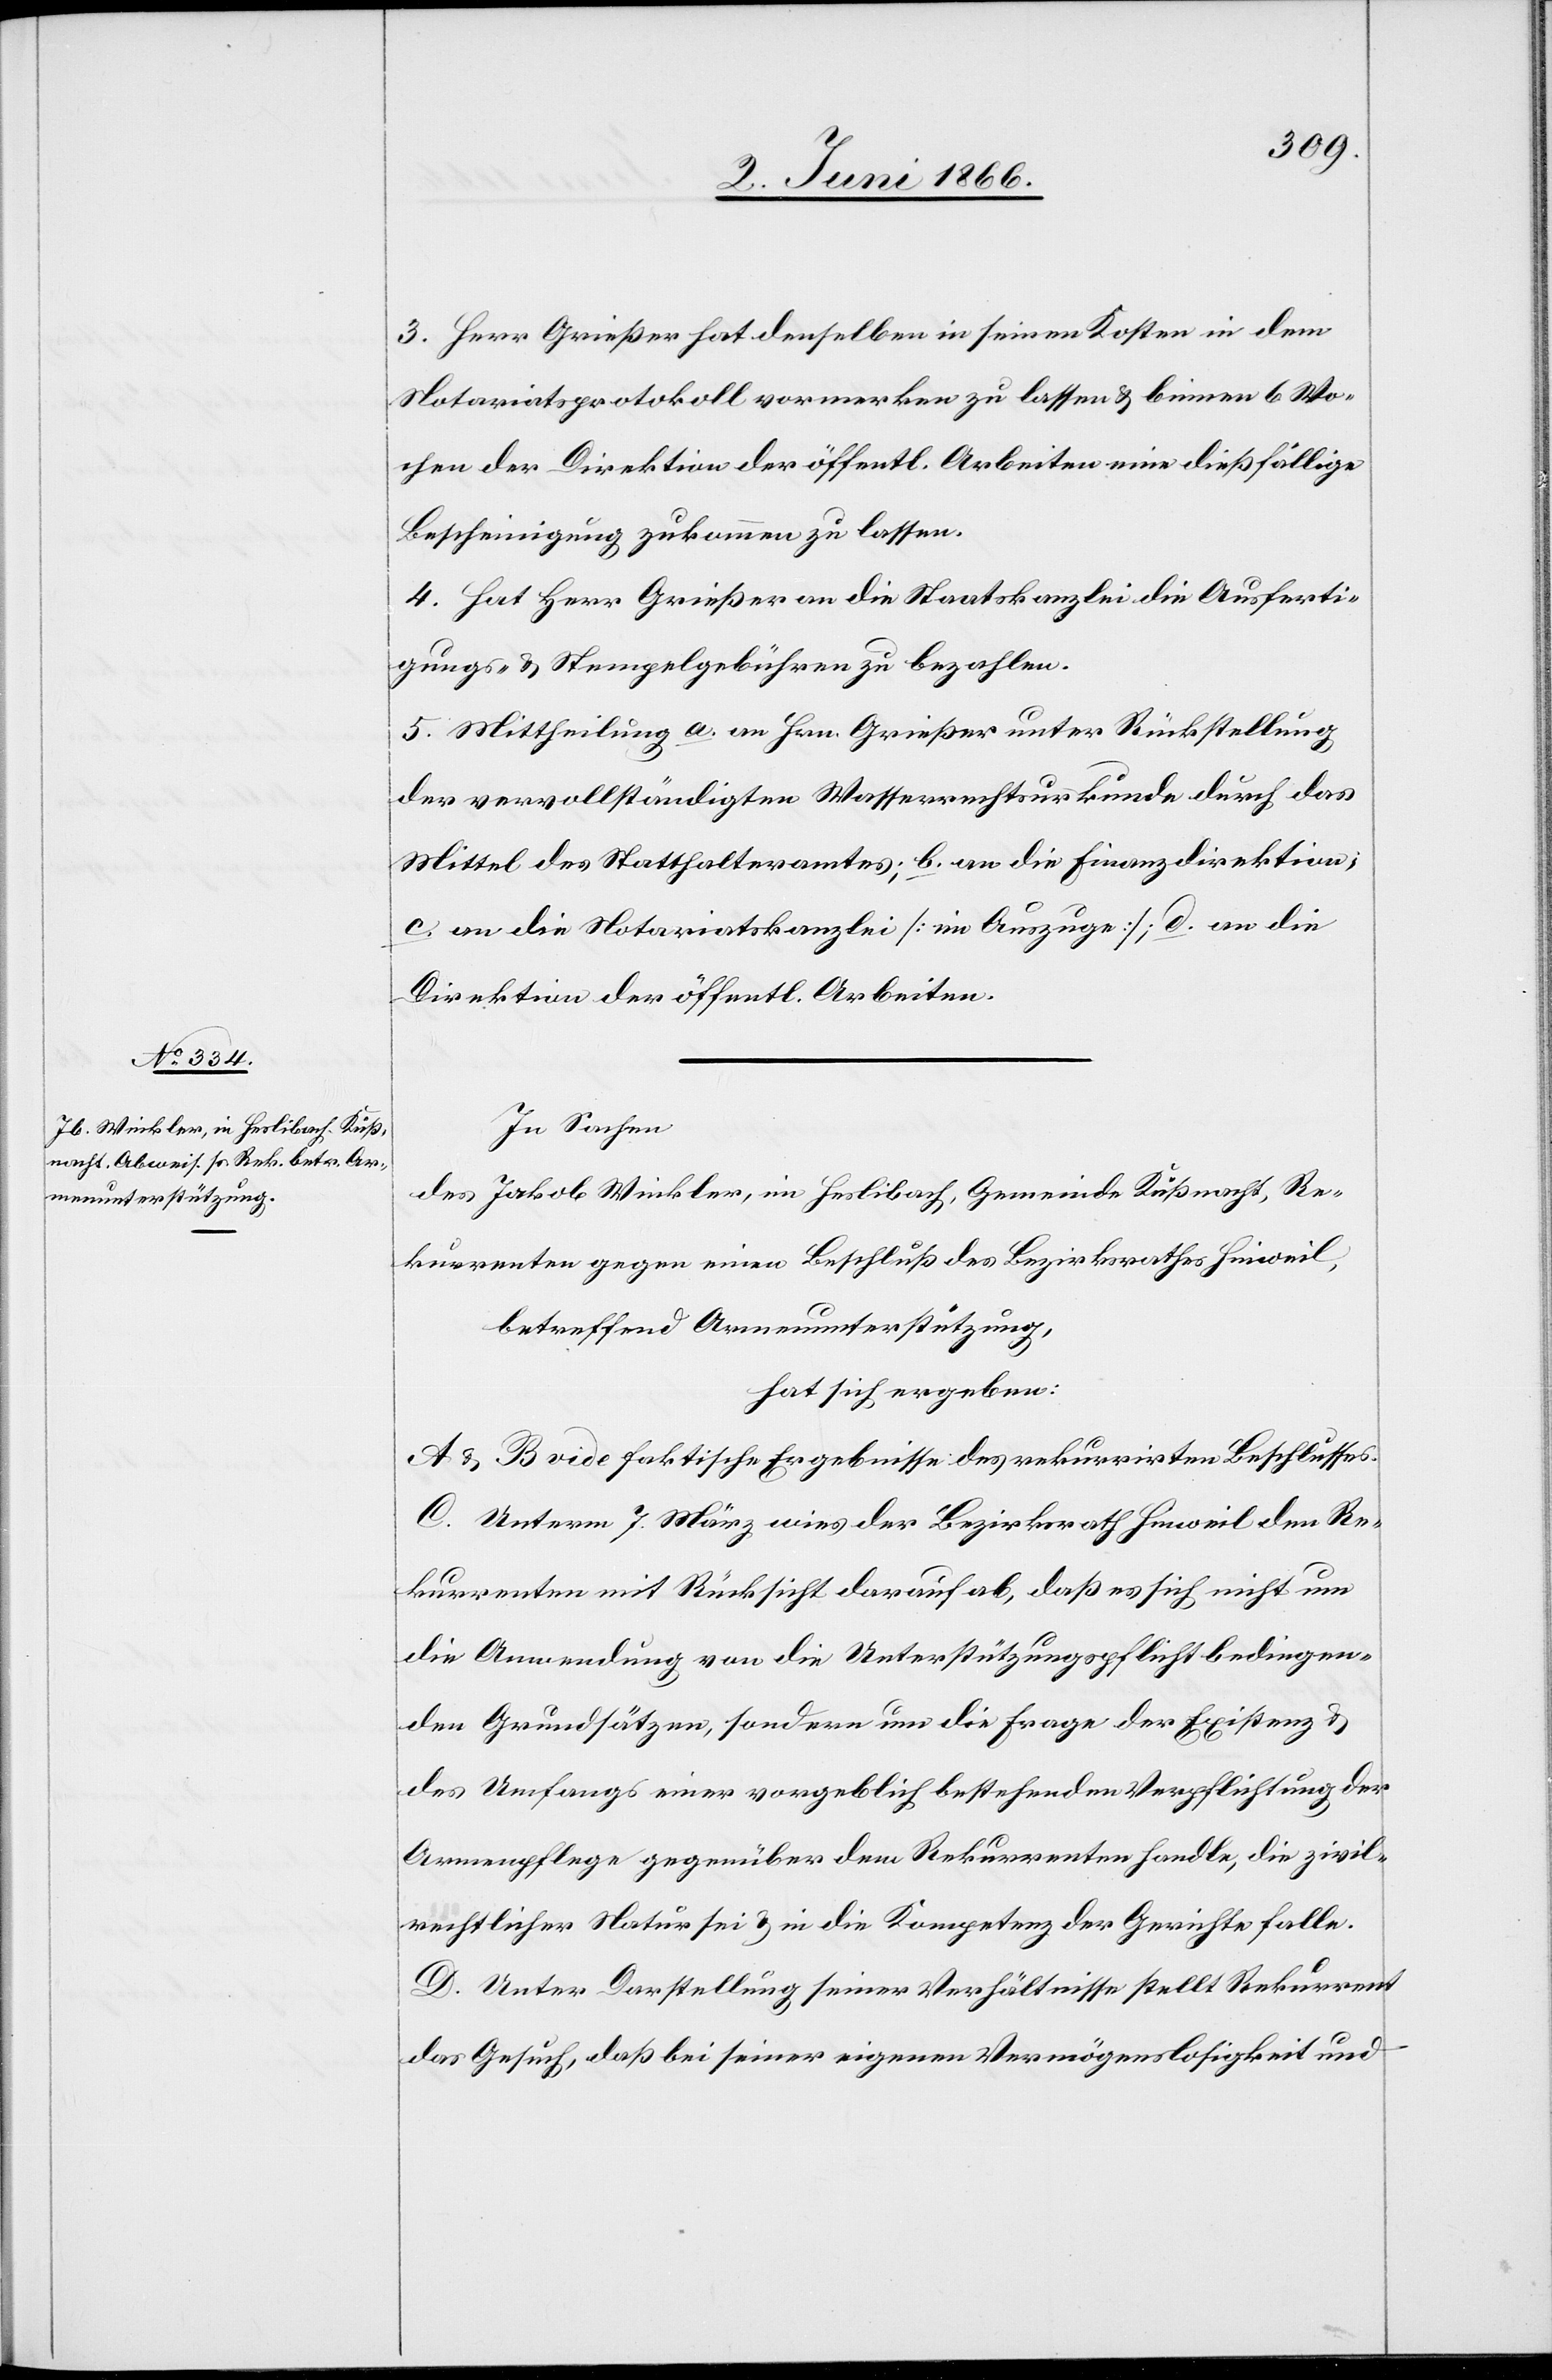
3. Herr Grießer hat denselben in seinen Kosten in dem
Notariatsprotokoll vormerken zu lassen u. binnen 6 Wo¬
chen der Direktion der öffentl. Arbeiten eine dießfällige
Bescheinigung zukommen zu lassen.
4. Hat Herr Grießer an die Staatskanzlei die Ausferti¬
gungs- u. Stempelgebühren zu bezahlen.
5. Mittheilung a. an Hrn. Grießer unter Rückstellung
der vervollständigten Wasserrechtskurkunde durch das
Mittel des Statthalteramtes; b. an die Finanzdirektion;
c. an die Notariatskanzlei [im Auszuge]; d. an die
Direktion der öffentl. Arbeiten.
In Sachen
des Jakob Winkler, in Heslibach, Gemeinde Küßnacht, Re¬
kurrenten gegen einen Beschluß des Bezirksrathes Hinweil,
betreffen Armenunterstützung,
hat sich ergeben:
A u. B vide faktische Ergebnisse des rekurrirten Beschlusses.
C. Unterm 7. März wies der Bezirksrath Hinweil den Re¬
kurrenten mit Rücksicht darauf ab, daß es sich nicht um
die Anwendung von die Unterstützungspflicht bedingen¬
den Grundsätzen, sondern um die Frage der Existenz u.
des Umfangs einer vorgeblich bestehenden Verpflichtung der
Armenpflege gegenüber dem Rekurrenten handle, die zivil¬
rechtlicher Natur sei u. in die Kompetenz der Gerichte falle.
D. Unter Darstellung seiner Verhältnisse stellt Rekurrent
das Gesuch, daß bei seiner eigenen Vermögenslosigkeit und